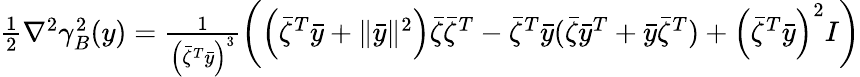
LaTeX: \begin{array}{r}{\frac{1}{2}\nabla^{2}\gamma_{B}^{2}(y)=\frac{1}{\left(\bar{\zeta}^{T}\bar{y}\right)^{3}}\left(\left(\bar{\zeta}^{T}\bar{y}+\| \bar{y}\| ^{2}\right)\bar{\zeta}\bar{\zeta}^{T}-\bar{\zeta}^{T}\bar{y}(\bar{\zeta}\bar{y}^{T}+\bar{y}\bar{\zeta}^{T})+\left(\bar{\zeta}^{T}\bar{y}\right)^{2}I\right)}\end{array}